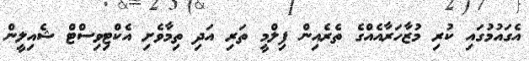
އެގައުމުގައި ކުރި މުޒާހަރާއެއްގެ ތެރެއިން ފިލްމީ ތަރި އަދި ތިމާވެށި އެކްޓިވިސްޓް ޝެއިލީން